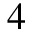
4